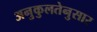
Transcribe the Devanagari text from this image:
अनुकुलतेनुसार